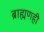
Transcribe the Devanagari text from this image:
ब्राह्मणही